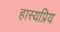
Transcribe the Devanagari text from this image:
हास्यप्रिय